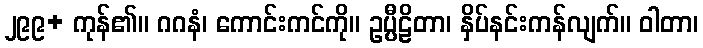
၂၉၉+ ကုန်၏။ ဂဂနံ၊ ကောင်းကင်ကို။ ဥပ္ပီဠိတာ၊ နှိပ်နင်းကန်လျက်။ ဝါတာ၊